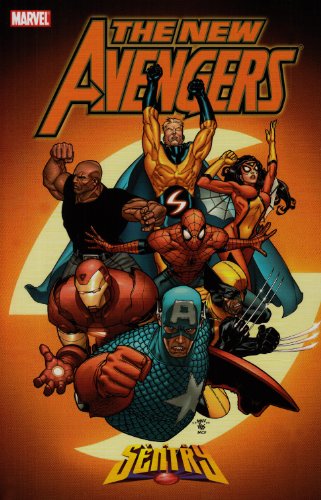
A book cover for New Avengers Vol. 2: Sentry; Brian Michael Bendis; Comics & Graphic Novels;